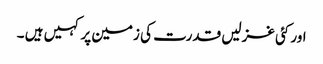
اور کئی غزلیں قدرت کی زمین پر کہیں ہیں ۔